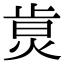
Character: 𤉭